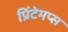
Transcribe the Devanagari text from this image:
प्रिंटेमप्स